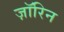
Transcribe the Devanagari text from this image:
ज़ॉरिन